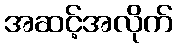
အဆင့်အလိုက်